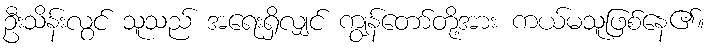
ဦးသိန်းလွင် သူသည် အရေးရှိလျှင် ကျွန်တော်တို့အား ကယ်မသူဖြစ်နေ၏။